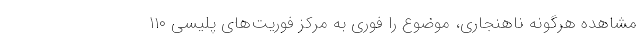
مشاهده هرگونه ناهنجاری، موضوع را فوری به مرکز فوریت‌های پلیسی ۱۱۰